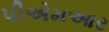
પીએમઆર